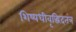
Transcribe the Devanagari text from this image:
शिष्यधीवृद्धिदतंत्र